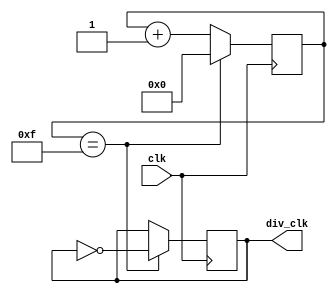
module clock_divider (
    input wire clk,
    output wire div_clk
);

reg [3:0] count = 4'b0000;

always @ (posedge clk) begin
    if (count == 4'b1111) begin
        count <= 4'b0000;
        div_clk <= ~div_clk;
    end else begin
        count <= count + 1;
    end
end

endmodule